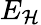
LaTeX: E_{\mathcal{H}}